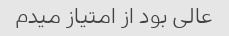
عالی بود از امتیاز میدم